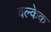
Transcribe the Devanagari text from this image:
वल्केक